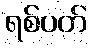
ရစ်ပတ်